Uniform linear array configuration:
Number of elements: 16
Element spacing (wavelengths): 0.75
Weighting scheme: exponential
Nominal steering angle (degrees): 30
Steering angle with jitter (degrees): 28.085
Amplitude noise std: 0.05
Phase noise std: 0.05

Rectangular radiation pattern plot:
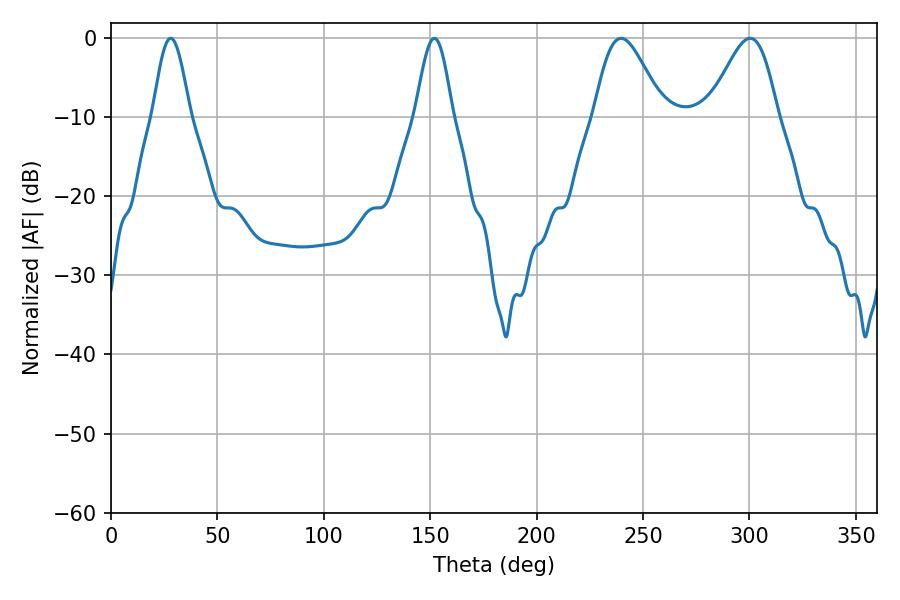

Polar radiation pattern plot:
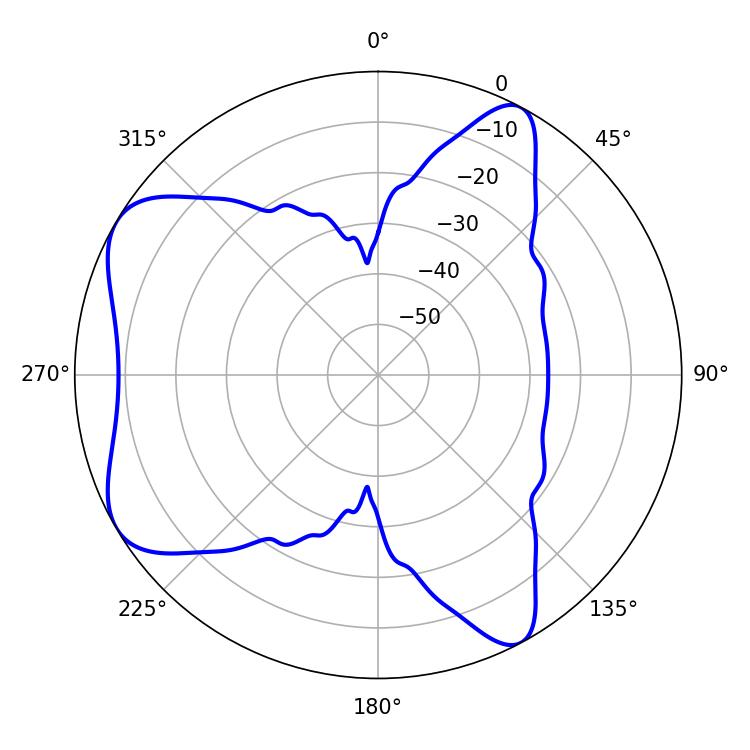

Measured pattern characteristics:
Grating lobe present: TRUE
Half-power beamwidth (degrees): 9.18
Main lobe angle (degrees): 28.08